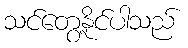
သင်တွေ့နိုင်ပါသည်